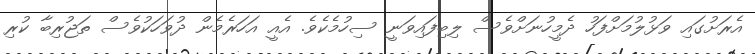
އެރަށުގައި ވަޅުލުމަށްފަހު ދެމީހުނަށްވެސް ލިބިފައިވަނީ ސިހުމެކެވެ. އެއީ އަހަރެމެން ދުވަހަކުވެސް ތަޖުރިބާ ކުރި